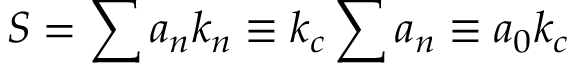
S = \sum a _ { n } k _ { n } \equiv k _ { c } \sum a _ { n } \equiv a _ { 0 } k _ { c }